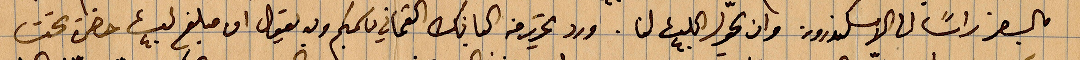
السفر راسًا الى الاسكندرون  وان يحوّلأ ٤٠ ... لنا ورد تحرير من كتابك الثماني ... وفيه يقول ان نبلغ ٤٠ ... حضرة تحت